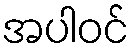
အပါဝင်